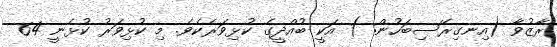
ރާޒުވާ (އިނގިރޭސިބަހުން: ) އަކީ ބުއްދީގެ ކުޅިވަރެކެވެ. މި ކުޅިވަރު ކުޅެނީ 64